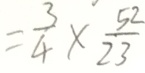
= \frac { 3 } { 4 } \times \frac { 5 2 } { 2 3 }